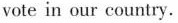
vote in our country.